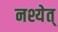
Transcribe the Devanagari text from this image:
नश्येत्